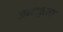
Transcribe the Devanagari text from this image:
जबलपुरला